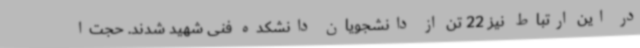
در این ارتباط نیز 22 تن از دانشجویان دانشکده فنی شهید شدند. حجت‌ا